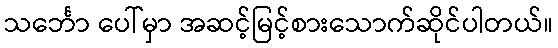
သင်္ဘော ပေါ်မှာ အဆင့်မြင့်စားသောက်ဆိုင်ပါတယ်။